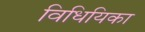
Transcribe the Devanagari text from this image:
विधियिका